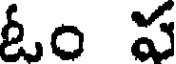
ఓం ప